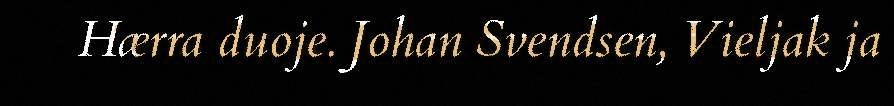
Hærra duoje. Johan Svendsen, Vieljak ja